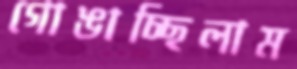
গোঙাচ্ছিলাম